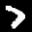
Label: 7